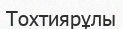
Тохтиярұлы